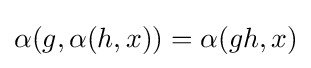
\alpha (g,\alpha (h,x))=\alpha (gh,x)